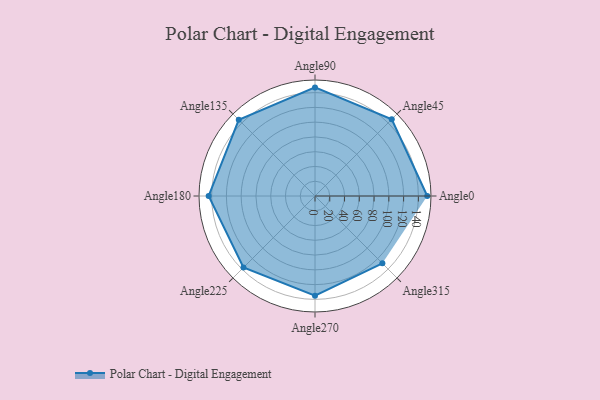
{"axis": {"x": "Angle", "y": "Radius"}, "legend": [""], "data": [{"x": "Angle0", "y": 152.0, "type": ""}, {"x": "Angle45", "y": 147.0, "type": ""}, {"x": "Angle90", "y": 147.0, "type": ""}, {"x": "Angle135", "y": 146.0, "type": ""}, {"x": "Angle180", "y": 144.0, "type": ""}, {"x": "Angle225", "y": 137.0, "type": ""}, {"x": "Angle270", "y": 135.0, "type": ""}, {"x": "Angle315", "y": 129.0, "type": ""}]}